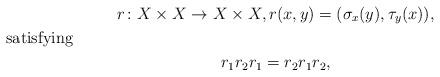
LaTeX: \begin{gather*}r\colon X\times X\to X\times X,r(x,y)=(\sigma_x(y),\tau_y(x)), \shortintertext{satisfying}r_1 r_2 r_1=r_2 r_1 r_2,\end{gather*}